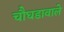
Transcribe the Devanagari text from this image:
चौघडावाले